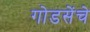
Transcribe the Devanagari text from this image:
गोडसेंचे